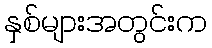
နှစ်များအတွင်းက